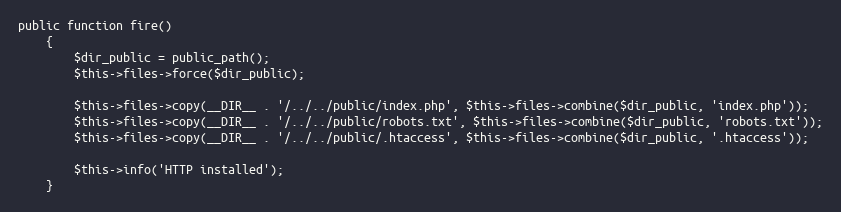
Language: PHP
public function fire()
    {
        $dir_public = public_path();
        $this->files->force($dir_public);

        $this->files->copy(__DIR__ . '/../../public/index.php', $this->files->combine($dir_public, 'index.php'));
        $this->files->copy(__DIR__ . '/../../public/robots.txt', $this->files->combine($dir_public, 'robots.txt'));
        $this->files->copy(__DIR__ . '/../../public/.htaccess', $this->files->combine($dir_public, '.htaccess'));

        $this->info('HTTP installed');
    }